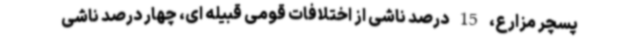
پسچر مزارع، 15 درصد ناشی از اختلافات قومی قبیله ای، چهار درصد ناشی